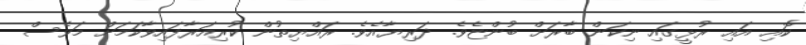
ކޮއި އައި ރުޅީގައި ނިކަން ބާރަށް ބުންޏެވެ. ދަރިޔާއެވެ. ރައްޔިތުން ކުރިއަރާފައިވާކަމަށް މަވެސް